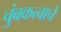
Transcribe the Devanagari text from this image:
चुंबकत्वाचे